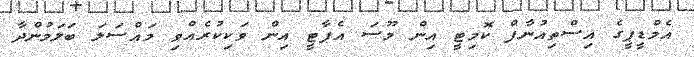
އެމްޑީޕީގެ އިސްތިއުނާފް ކޮމިޓީ އިން މޫސަ އެޕާޓީ އިން ވަކިކުރެއްވި މައްސަލަ ބަލަމުންދާ